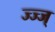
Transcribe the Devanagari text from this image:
ज्ज्ज्